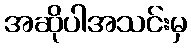
အဆိုပါအသင်းမှ